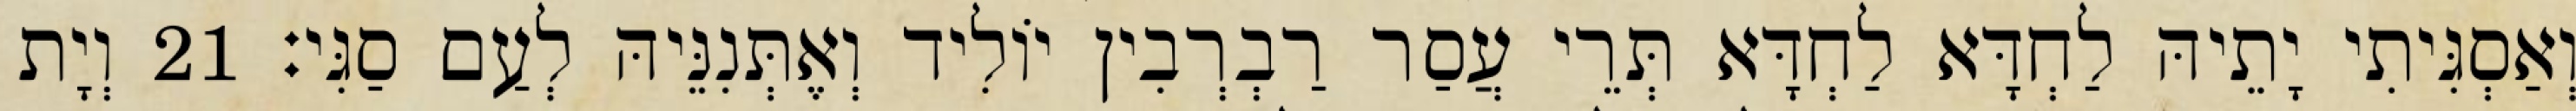
וְאַסְגִּיתִי יָתֵיהּ לַחְדָּא לַחְדָּא תְּרֵי עֲסַר רַבְרְבִין יוֹלִיד וְאֶתְּנִנֵּיהּ לְעַם סַגִּי׃ 21 וְיָת